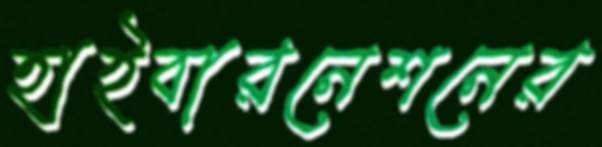
হাইবারনেশনের